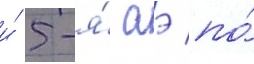
и́ 5-я́ аэ по́